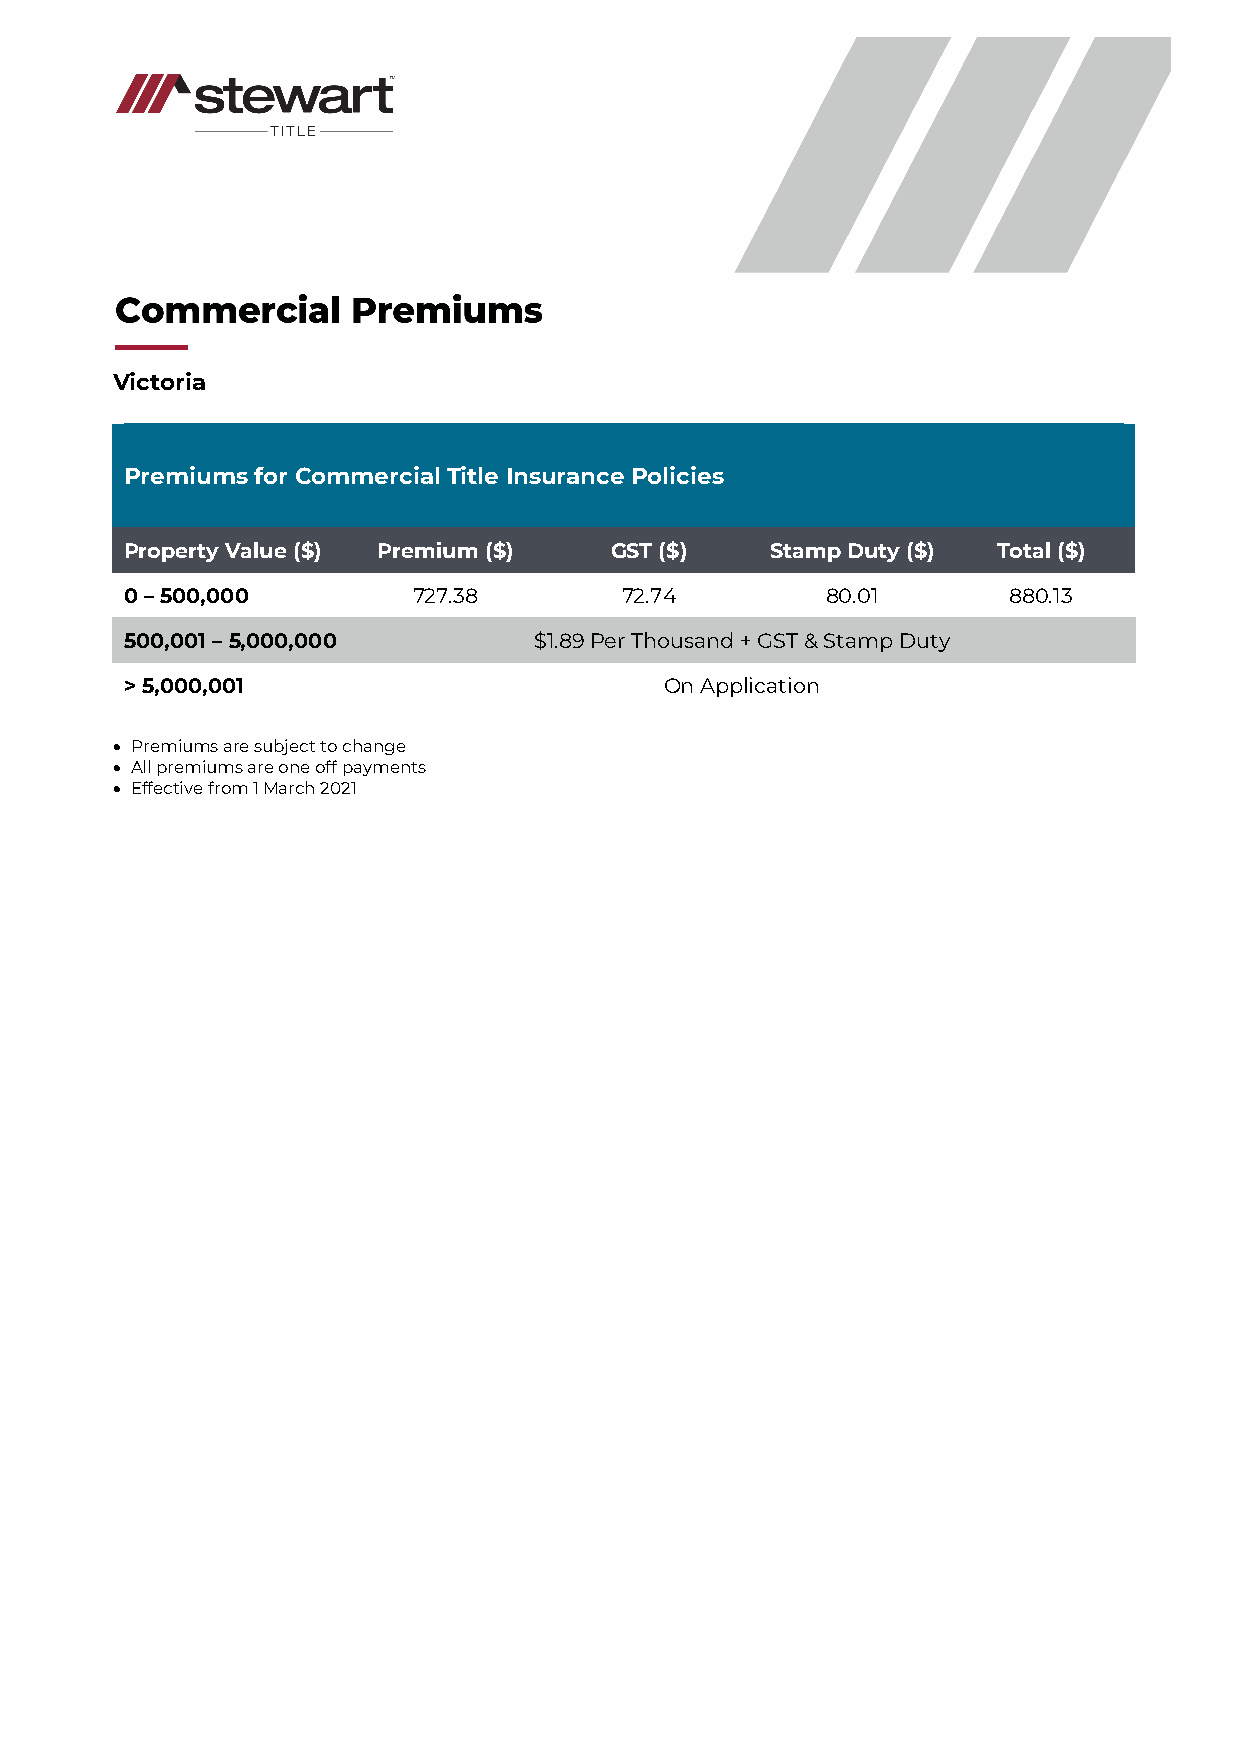
Victoria
 Premiums for Commercial Title Insurance Policies
 Property Value ($) Premium ($)  GST ($)    Stamp Duty ($) Total ($)
 0 – 500,000        727.38        72.74         80.01       880.13
 500,001 – 5,000,000        $1.89 Per Thousand + GST & Stamp Duty
 > 5,000,001                         On Application
 • Premiums are subject to change
 • All premiums are one off payments
 • Effective from 1 March 2021